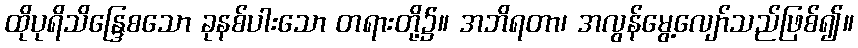
ထိုပုရိသိန္ဒြေစသော ခုနစ်ပါးသော တရားတို့၌။ အဘိရတာ၊ အလွန်မွေ့လျော်သည်ဖြစ်၍။